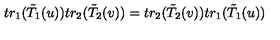
t r _ { 1 } ( \tilde { T } _ { 1 } ( u ) ) t r _ { 2 } ( \tilde { T } _ { 2 } ( v ) ) = t r _ { 2 } ( \tilde { T } _ { 2 } ( v ) ) t r _ { 1 } ( \tilde { T } _ { 1 } ( u ) )